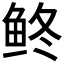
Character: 鿴